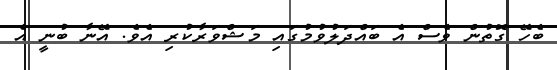
ބެހޭ ގޮތުން ވެސް އެ ބައްދަލުވުމުގައި މަޝްވަރާކުރި އެވެ. އޭނާ ބުނީ އެ